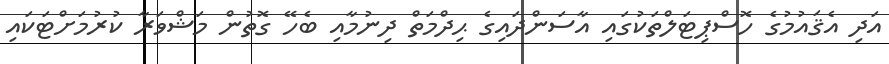
އަދި އެޤައުމުގެ ހޮސްޕިޓަލްތަކުގައި އާސަންދައިގެ ޙިދްމަތް ދިނުމާއި ބެހޭ ގޮތުން މަޝްވަރާ ކުރުމަށްޓަކައި